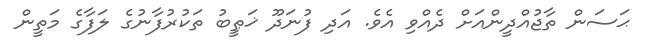
ޙަސަން ތާޖުއްދީންއަށް ދެއްވި އެވެ. އަދި ފުނަދޫ ޚަޠީބު ތަކުރުފާނުގެ ލަފާގެ މަތީން